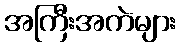
အကြီးအကဲများ